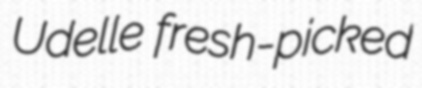
Udelle fresh-picked